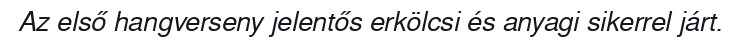
Az első hangverseny jelentős erkölcsi és anyagi sikerrel járt.